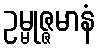
ဥမ္မုဇ္ဇမာနံ